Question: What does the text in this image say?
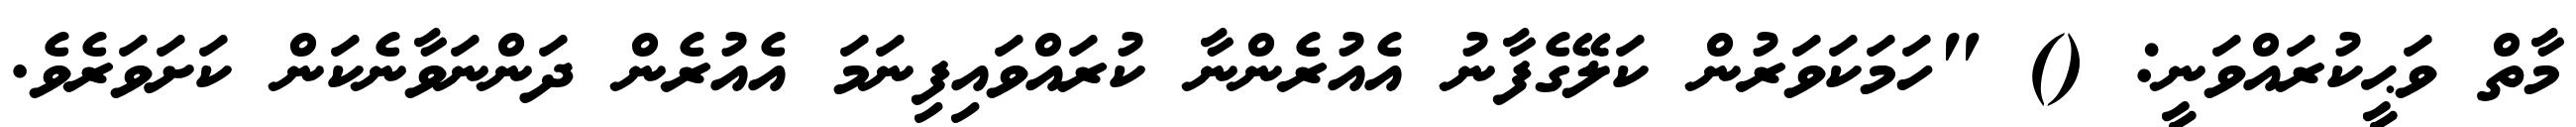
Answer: މާތް ވަޙީކުރައްވަނީ: () "ހަމަކަވަރުން ކަލޭގެފާނު އެއުރެންނާ ކުރައްވައިފިނަމަ އެއުރެން ދަންނަވާނެކަން ކަށަވަރެވެ.